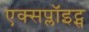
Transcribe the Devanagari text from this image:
एक्सप्लॉइट्स